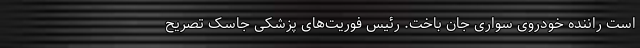
است راننده خودروی سواری جان باخت. رئیس فوریت‌های پزشکی جاسک تصریح